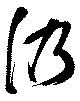
仍